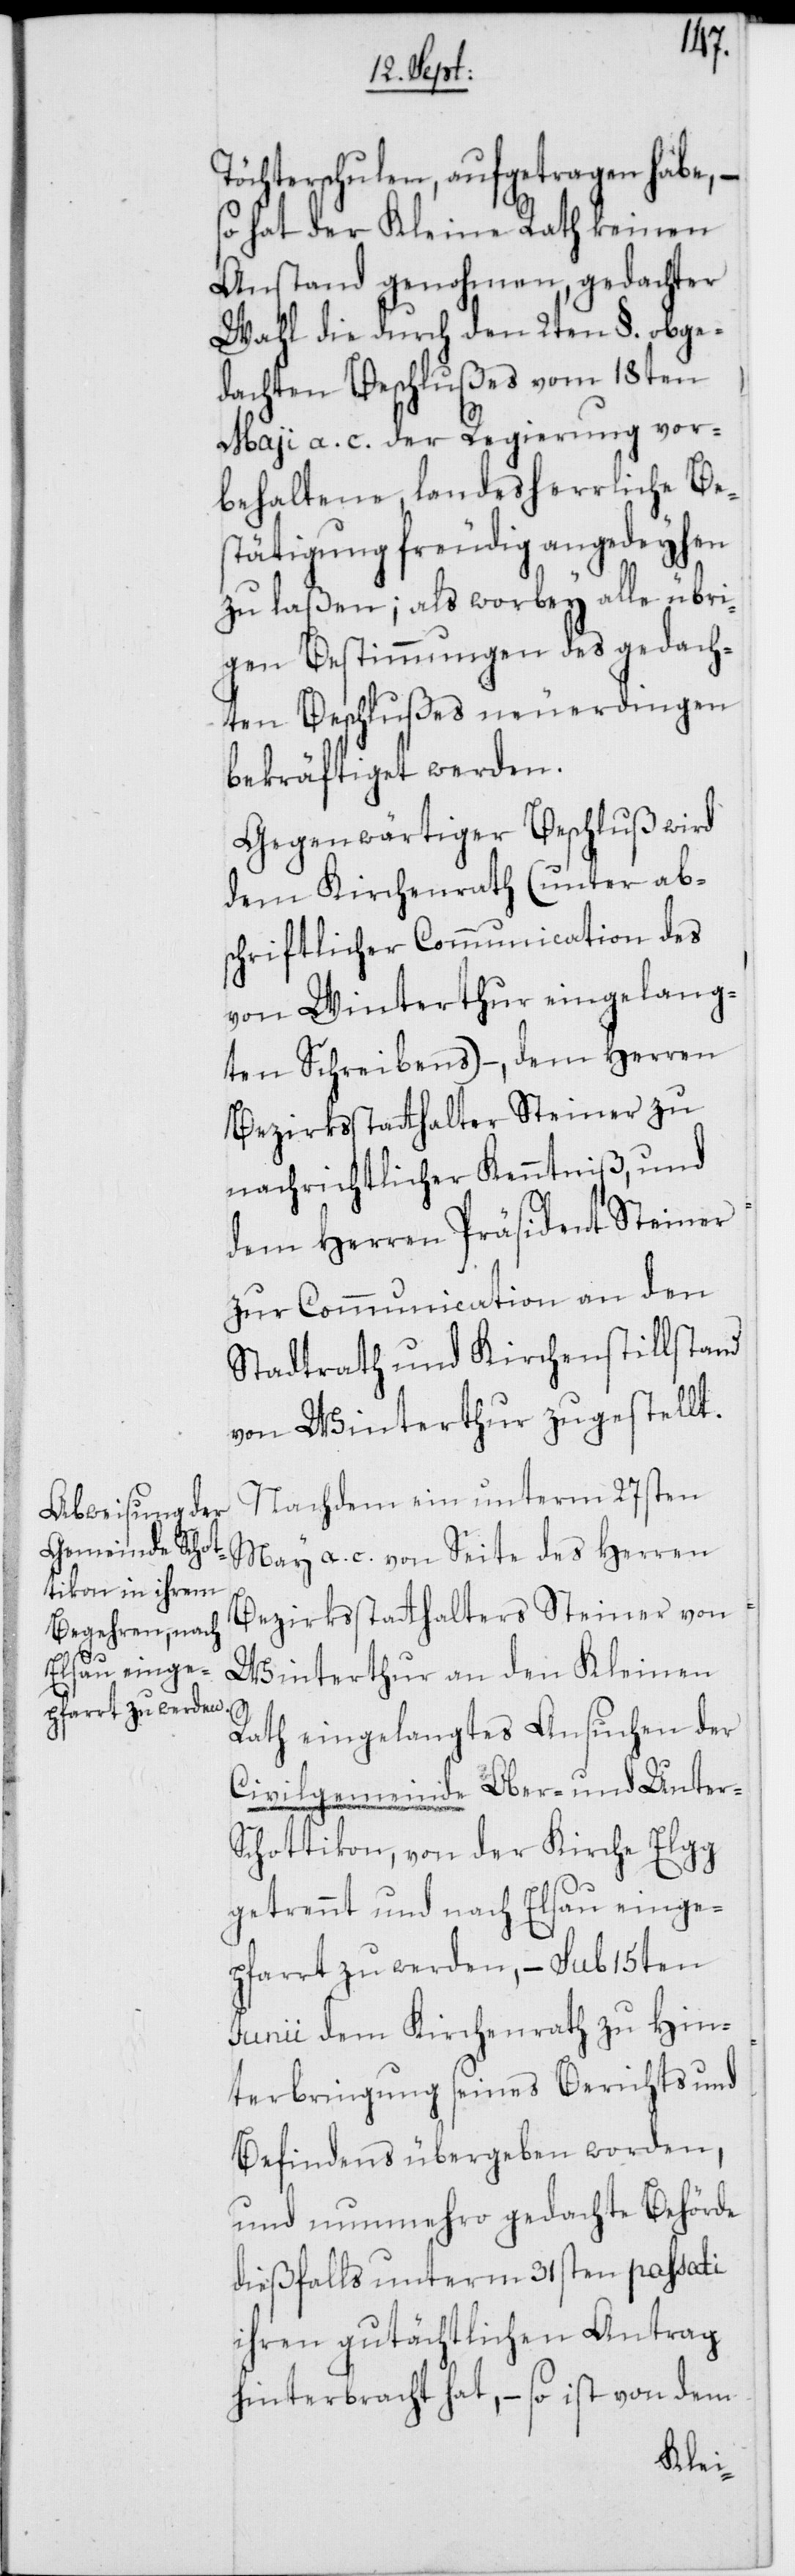
Töchterschulen, aufgetragen habe, –
so hat der Kleine Rath keinen
Anstand genohmen, gedachter
Wahl die durch den 2ten §. obge¬
dachten Beschlußes vom 18ten
Maji a. c. der Regierung vor¬
behaltene, landesherrliche Be¬
stätigung freudig angedeyhen
zu laßen; als worbey alle übri¬
gen Bestimmungen des gedach¬
ten Beschlußes neuerdingen
bekräftiget werden.
Gegenwärtiger Beschluß wird
dem Kirchenrath (unter ab¬
schriftlicher Communication des
von Winterthur eingelang¬
ten Schreibens) –, dem Herren
Bezirksstatthalter Steiner zu
nachrichtlicher Kenntniß, und
dem Herren Präsident Steiner
zur Communication an den
Stadtrath und Kirchenstillstand
von Winterthur zugestellt.
Nachdem ein unterm 27sten
May a. c. von Seite des Herren
Bezirksstatthalters Steiner von
Winterthur an den Kleinen
Rath eingelangtes Ansuchen der
Civilgemeinde Ober- und Unter-S¬
chottikon, von der Kirche Elgg
getrennt und nach Elsau einge¬
pfarrt zu werden, – sub 15ten
Junii dem Kirchenrath zu Hin¬
terbringung seines Berichts und
Befindens übergeben worden,
und nunmehro gedachte Behörde
dießfalls unterm 31sten passati
ihren gutächtlichen Antrag
hinterbracht hat, – so ist von dem